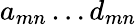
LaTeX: a_{mn}\ldots d_{mn}